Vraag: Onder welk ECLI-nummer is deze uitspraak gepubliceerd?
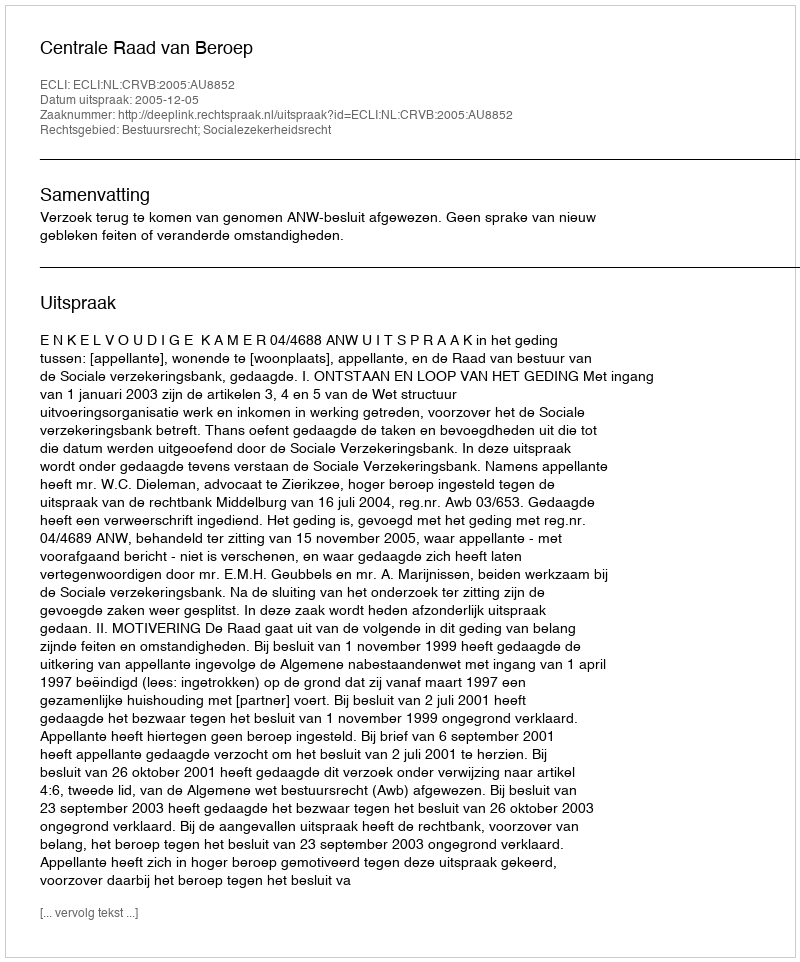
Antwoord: ECLI:NL:CRVB:2005:AU8852